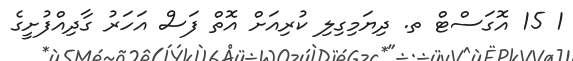
1 15 އޮގަސްޓް ތ. ދިޔަމިގިލި ކުރިއަށް އޮތް ފަސް އަހަރު ގާދިއްފުށީގެ